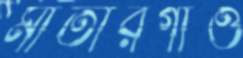
মাতারগাঁও